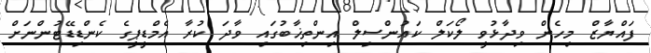
ފައްޔާޒް މިހެން ވިދާޅުވީ ލޯކަލް ކައުންސިލް އިންތިޚާބުގައި ވާދަ ކުރާ އެމްޑީޕީގެ ކެންޑިޑޭޓުންނަށް